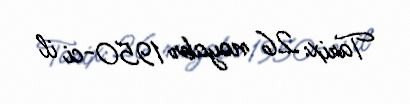
Tarix: 26 noyabr 1950-ci il